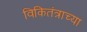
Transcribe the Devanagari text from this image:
विकितंत्राच्या